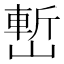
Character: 㟻